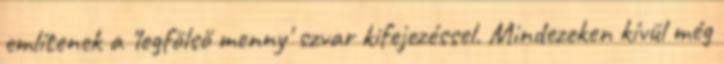
említenek a 'legfölső menny' szvar kifejezéssel. Mindezeken kívül még